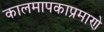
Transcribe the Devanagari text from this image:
कालमापकाप्रमाणे